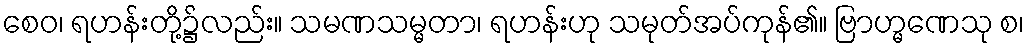
စေဝ၊ ရဟန်းတို့၌လည်း။ သမဏသမ္မတာ၊ ရဟန်းဟု သမုတ်အပ်ကုန်၏။ ဗြာဟ္မဏေသု စ၊